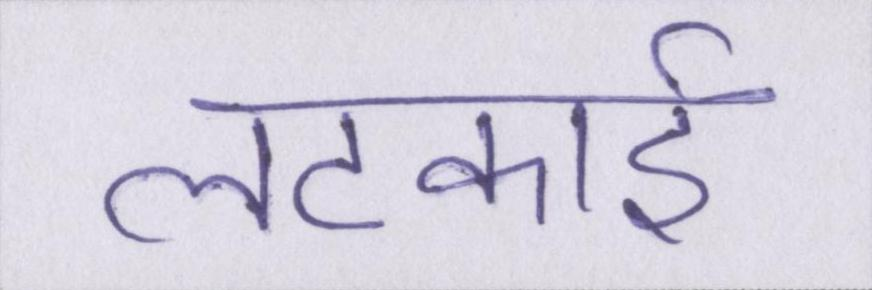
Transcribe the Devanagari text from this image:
लटकाई